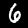
Digit: 6